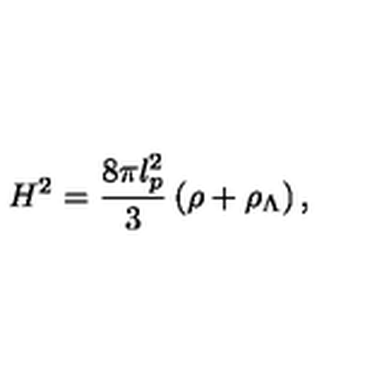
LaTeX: H ^ { 2 } = \frac { 8 \pi l _ { p } ^ { 2 } } { 3 } \left( \rho + \rho _ { \Lambda } \right) ,